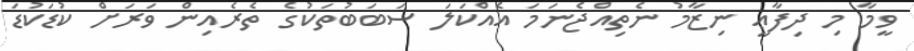
ވީމާ މި ދިފާޢީ ނިޒާމު ނެތިއްޖެނަމަ އެއްކަލަ ސަބަބުތަކުގެ ތެރެއިން ވަރަށް ކުޑަކުޑަ